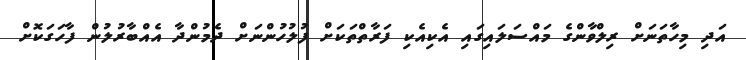
އަދި މިހާތަނަށް ރިލްވާންގެ މައްސަލައިގައި އެކިއެކި ފަރާތްތަކަށް ފުލުހުންނަށް ދެމުންދާ އެއްބާރުލުން ފާހަގަކޮށް